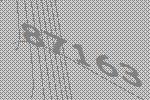
87163